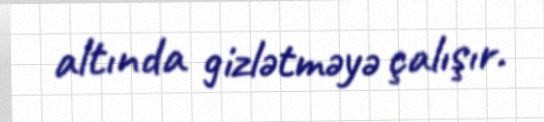
altında gizlətməyə çalışır.